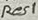
Text: Res1